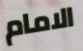
الامام